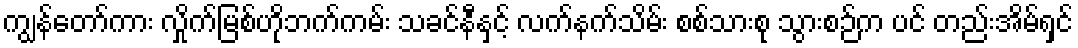
ကျွန်တော်ကား လှိုက်မြစ်ဟိုဘက်ကမ်း သခင်နီနှင့် လက်နက်သိမ်း စစ်သားစု သွားစဉ်က ပင် တည်းအိမ်ရှင်